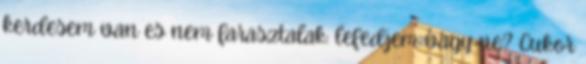
kerdesem van es nem farasztalak: lefedjem vagy ne? Cukor